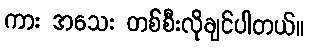
ကား အသေး တစ်စီးလိုချင်ပါတယ်။